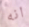
انه